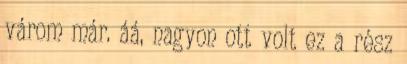
várom már. áá, nagyon ott volt ez a rész